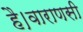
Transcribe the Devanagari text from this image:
है।वाराणसी